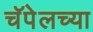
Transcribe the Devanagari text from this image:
चॅपेलच्या